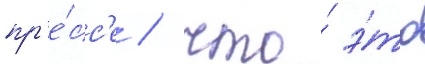
пр'е́сс'е / что́ э́то